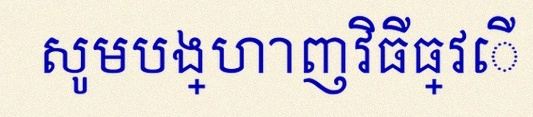
សូមបង្ហាញវិធីធ្វើ